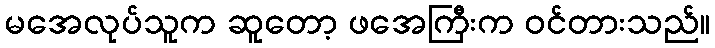
မအေလုပ်သူက ဆူတော့ ဖအေကြီးက ဝင်တားသည်။